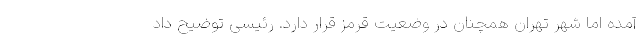
آمده اما شهر تهران همچنان در وضعیت قرمز قرار دارد. رئیسی توضیح داد